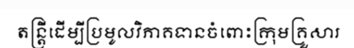
តន្ត្រីដើម្បីប្រមូលវិភាគទានចំពោះក្រុមគ្រួសារ